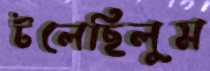
টলেছিলুম